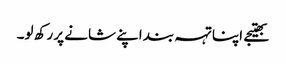
بھتیجے اپنا تہہ بند اپنے شانے پر رکھ لو۔